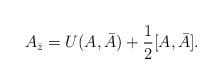
LaTeX: \begin{align*}A_{\bar z}=U(A,\bar A)+\frac{1}{2}[A,\bar A].\end{align*}